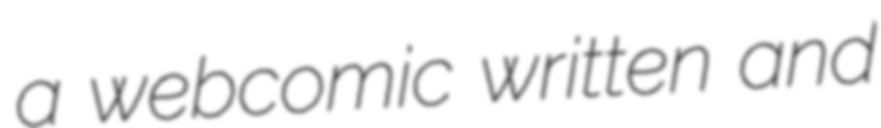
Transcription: a webcomic written and